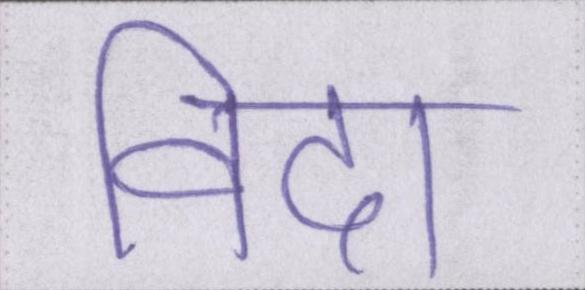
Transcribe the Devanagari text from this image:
विदा